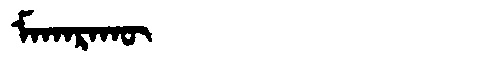
Manchu: ᠮᠠᡴᠠᡵᠠᡴᡡ
Romanization: MAKARAKŪ